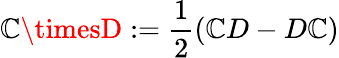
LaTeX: \mathbb{C}\timesD:={\frac{{1}}{{2}}}(\mathbb{C}D-D\mathbb{C})